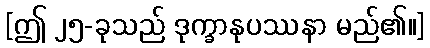
[ဤ ၂၅-ခုသည် ဒုက္ခာနုပဿနာ မည်၏။]